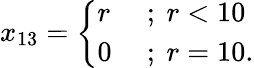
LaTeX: x_{13}={\left\{ \begin{array}{ll}{r}&{{\mathrm{~;~}}r<10}\\ {0}&{{\mathrm{~;~}}r=10.}\end{array}\right.}